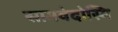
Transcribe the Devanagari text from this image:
सामवेदोस्मि